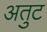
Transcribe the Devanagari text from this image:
अतुट